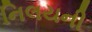
નિલયની